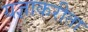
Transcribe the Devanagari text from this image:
यज्ञाकरीता